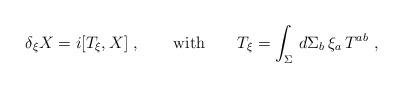
LaTeX: \begin{align*}\delta_{\xi} X = i [T_{\xi}, X]\ , \qquad {\rm with}\qquad T_{\xi} =\int_{\Sigma}\, d\Sigma_b\, \xi_a\, T^{ab}\ ,\end{align*}